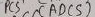
Text: ADC5